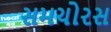
સમચોરસ